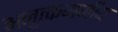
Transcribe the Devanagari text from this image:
अनुत्कमणीय